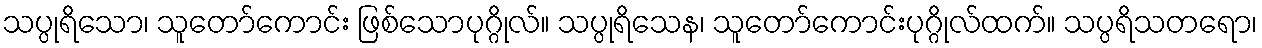
သပ္ပုရိသော၊ သူတော်ကောင်း ဖြစ်သောပုဂ္ဂိုလ်။ သပ္ပုရိသေန၊ သူတော်ကောင်းပုဂ္ဂိုလ်ထက်။ သပ္ပရိသတရော၊